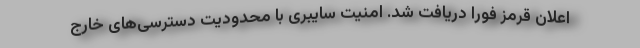
اعلان قرمز فوراً دریافت شد. امنیت سایبری با محدودیت دسترسی‌های خارج